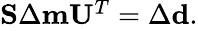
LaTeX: \begin{array}{r}{\mathbf{S}\Delta\mathbf{m}\mathbf{U}^{T}=\Delta\mathbf{d}.}\end{array}